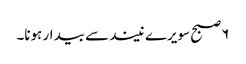
۶ صبح سویرے نیند سے بیدار ہونا۔